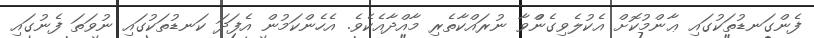
ފެންގަނޑުތަކުގައި ޢާންމުކޮށް އެކުލެވިގެންްވާ ނުރައްކާތެރި މާއްދާއެކެވެ. އެހެންކަމުން އެފަދަ ކަނޑުތަކުގައި ނުވަތަ ފެނުގައި